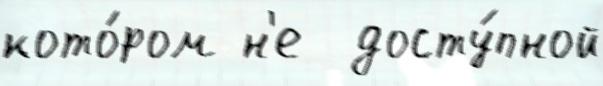
кото́ром н'е  досту́пной